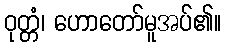
ဝုတ္တံ၊ ဟောတော်မူအပ်၏။